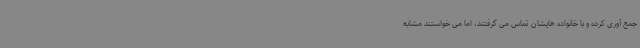
جمع آوری کرده و با خانواده هایشان تماس می گرفتند، اما می خواستند مشابه